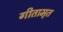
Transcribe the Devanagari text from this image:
गीतामृत